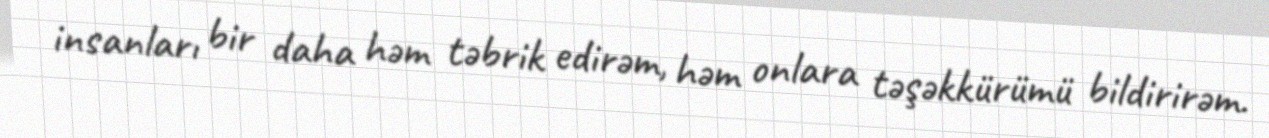
insanları bir daha həm təbrik edirəm, həm onlara təşəkkürümü bildirirəm.